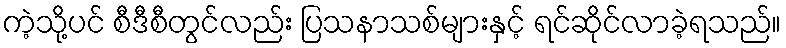
ကဲ့သို့ပင် စီဒီစီတွင်လည်း ပြသနာသစ်များနှင့် ရင်ဆိုင်လာခဲ့ရသည်။